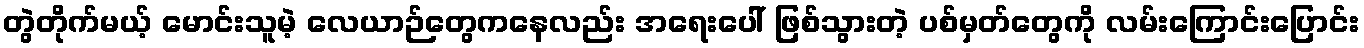
တွဲတိုက်မယ့် မောင်းသူမဲ့ လေယာဉ်တွေကနေလည်း အရေးပေါ် ဖြစ်သွားတဲ့ ပစ်မှတ်တွေကို လမ်းကြောင်းပြောင်း